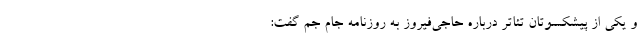
و یکی از پیشکسوتان تئاتر درباره حاجی‌فیروز به روزنامه جام جم گفت: